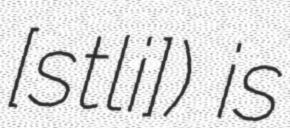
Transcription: ​[sɑ̃tli]) is